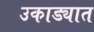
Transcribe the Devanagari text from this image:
उकाड्यात